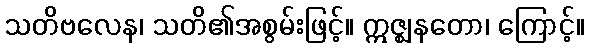
သတိဗလေန၊ သတိ၏အစွမ်းဖြင့်။ ဣဇ္ဈနတော၊ ကြောင့်။